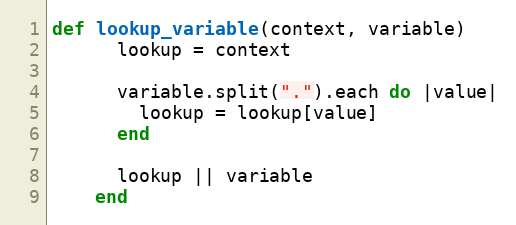
Language: Ruby
def lookup_variable(context, variable)
      lookup = context

      variable.split(".").each do |value|
        lookup = lookup[value]
      end

      lookup || variable
    end